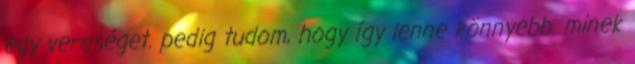
egy vereséget. pedig tudom, hogy így lenne könnyebb. minek